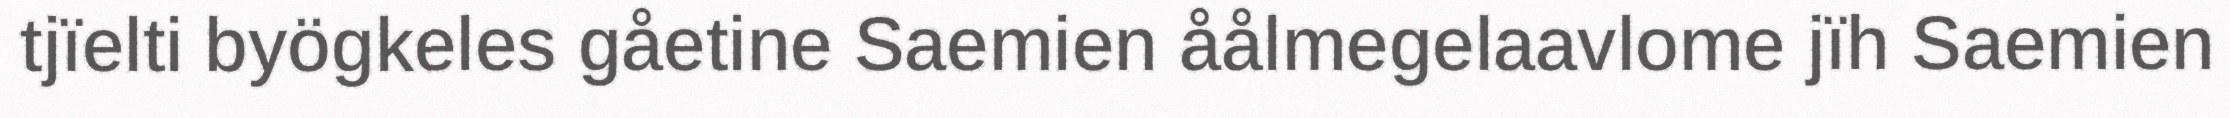
tjïelti byögkeles gåetine Saemien åålmegelaavlome jïh Saemien